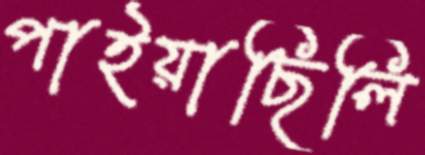
পাইয়াছিলি